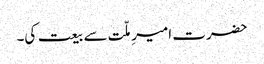
حضرت امیرِ ملّت سے بیعت کی۔